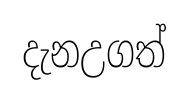
දැනඋගත්